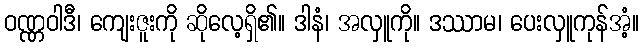
ဝဏ္ဏဝါဒီ၊ ကျေးဇူးကို ဆိုလေ့ရှိ၏။ ဒါနံ၊ အလှူကို။ ဒဿာမ၊ ပေးလှူကုန်အံ့။